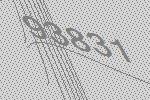
93831